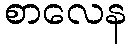
စာလေန